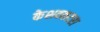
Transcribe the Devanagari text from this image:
केशवकटरा